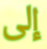
إلى